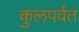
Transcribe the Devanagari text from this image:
कुलपर्वत